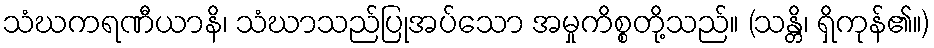
သံဃကရဏီယာနိ၊ သံဃာသည်ပြုအပ်သော အမှုကိစ္စတို့သည်။ (သန္တိ၊ ရှိကုန်၏။)